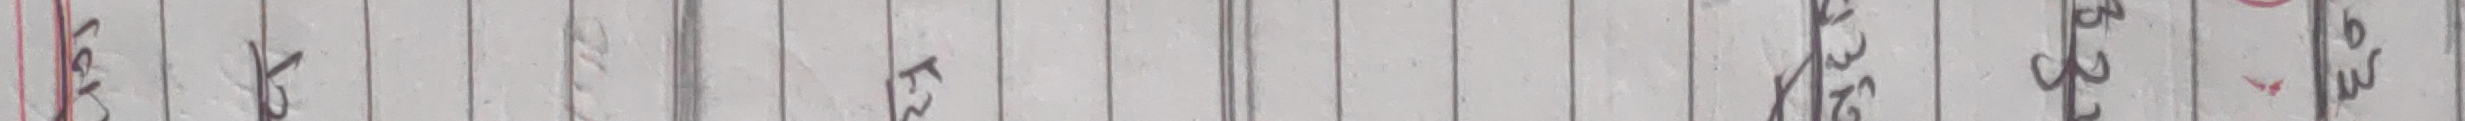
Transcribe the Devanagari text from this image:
लक रु फ १२ ३२ बु